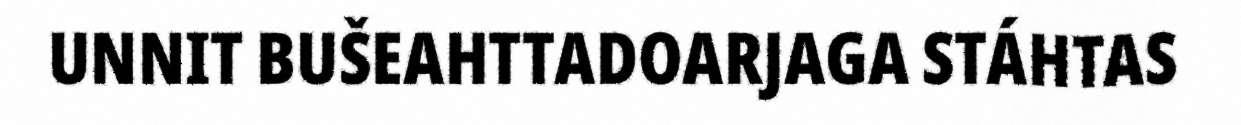
UNNIT BUŠEAHTTADOARJAGA STÁHTAS